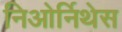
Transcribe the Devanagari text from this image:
निओर्निथेस